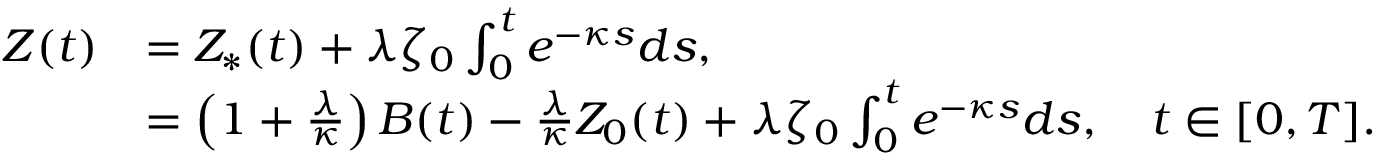
\begin{array} { r l } { Z ( t ) } & { = Z _ { \ast } ( t ) + \lambda \zeta _ { 0 } \int _ { 0 } ^ { t } e ^ { - \kappa s } d s , } \\ & { = \left( 1 + \frac { \lambda } { \kappa } \right) B ( t ) - \frac { \lambda } { \kappa } Z _ { 0 } ( t ) + \lambda \zeta _ { 0 } \int _ { 0 } ^ { t } e ^ { - \kappa s } d s , ~ ~ ~ t \in [ 0 , T ] . } \end{array}